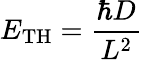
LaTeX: E_{\mathrm{TH}}=\frac{\hbar D}{L^{2}}